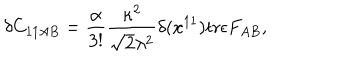
\delta C _ { 1 1 A B } = { \frac { \alpha } { 3 ! } } { \frac { \kappa ^ { 2 } } { \sqrt { 2 } \lambda ^ { 2 } } } \delta ( x ^ { 1 1 } ) \mathrm { t r } \epsilon F _ { A B } ,